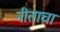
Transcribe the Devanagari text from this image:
नीताचा